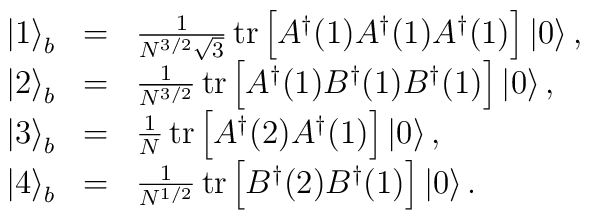
\begin{array}{lcl}\left|1\right\rangle_{b}&=&\frac{1}{N^{3/2}\sqrt{3}}\, {\rm tr}\left[A^{\dagger}(1)A^{\dagger}(1)A^{\dagger}(1)\right]\left|0\right\rangle,\\\left|2\right\rangle_{b}&=&\frac{1}{N^{3/2}}\, {\rm tr}\left[A^{\dagger}(1)B^{\dagger}(1)B^{\dagger}(1)\right]\left|0\right\rangle,\\\left|3\right\rangle_{b}&=&\frac{1}{N}\, {\rm tr}\left[A^{\dagger}(2)A^{\dagger}(1)\right]\left|0\right\rangle,\\\left|4\right\rangle_{b}&=&\frac{1}{N^{1/2}}\, {\rm tr}\left[B^{\dagger}(2)B^{\dagger}(1)\right]\left|0\right\rangle.\end{array}